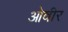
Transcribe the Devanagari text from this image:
ओवीर